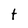
Character: t